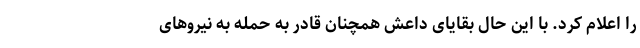
را اعلام کرد. با این حال بقایای داعش همچنان قادر به حمله به نیروهای